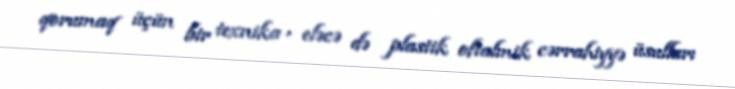
qorumaq üçün bir texnika , eləcə də plastik oftalmik cərrahiyyə üsulları